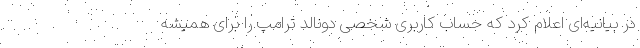
در بیانیه‌ای اعلام کرد که حساب کاربری شخصی دونالد ترامپ را برای همیشه